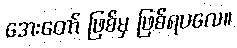
အေးတော် ဖြစ်မှ ဖြစ်ရပလေ။